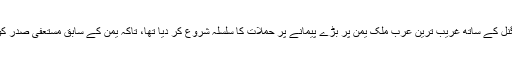
سعودی عرب نے 26 مارچ 2015ء کو چند دیگر عرب ممالک کے اتحاد اور امریکی حمایت و گرین سگنل کے ساتھ غریب ترین عرب ملک یمن پر بڑے پیمانے پر حملات کا سلسلہ شروع کر دیا تھا، تاکہ یمن کے سابق مستعفی صدر کو اقتدار پر بحال کرنے کے بہانے اپنی سیاسی ہوس کی تسکین اور دیگر مذموم مقاصد کی تکمیل کرسکے۔